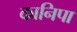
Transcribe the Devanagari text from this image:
कानिपा